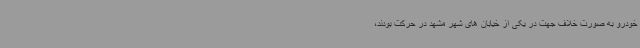
خودرو به صورت خلاف جهت در یکی از خیابان های شهر مشهد در حرکت بودند،